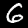
Label: 6